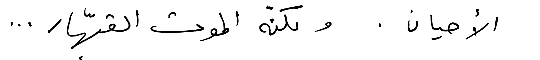
الأحيان. ولكنّه الموت القهّار ...